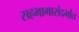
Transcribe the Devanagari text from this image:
सहभागासंदर्भात